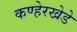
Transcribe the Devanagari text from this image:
कण्हेरखेडे